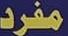
مفرد